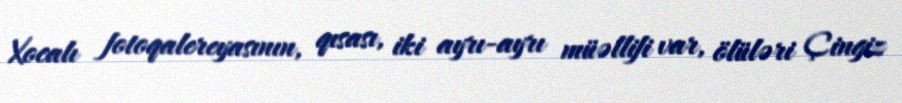
Xocalı fotoqalereyasının, qısası, iki ayrı-ayrı müəllifi var, ölüləri Çingiz